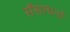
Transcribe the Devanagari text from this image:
सॅसाधनो